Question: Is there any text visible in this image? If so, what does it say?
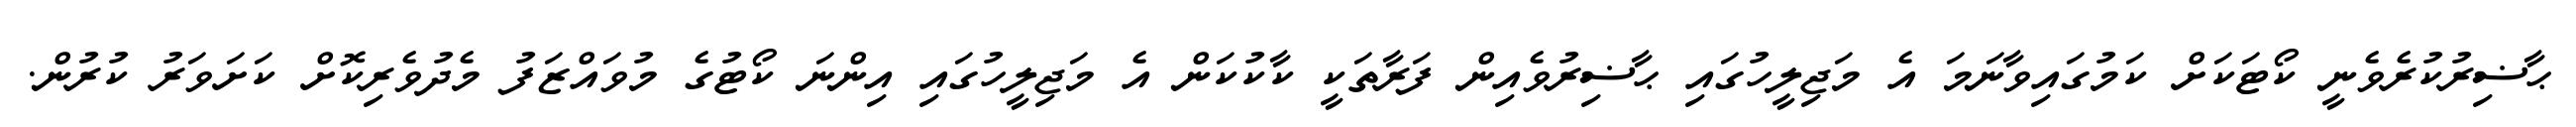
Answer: ޙާޟިރުކުރެވެނީ ކޯޓަކަށް ކަމުގައިވާނަމަ އެ މަޖިލީހުގައި ޙާޟިރުވެއިން ފަރާތަކީ ކާކުކަން އެ މަޖިލީހުގައި އިންނަ ކޯޓުގެ މުވައްޒަފު މެދުވެރިކޮށް ކަށަވަރު ކުރުން.